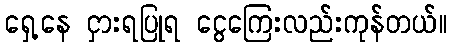
ရှေ့နေ ငှားရပြုရ ငွေကြေးလည်းကုန်တယ်။